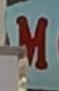
m